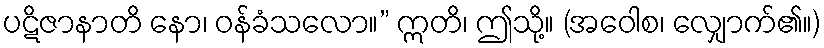
ပဋိဇာနာတိ နော၊ ဝန်ခံသလော။” ဣတိ၊ ဤသို့။ (အဝေါစ၊ လျှောက်၏။)